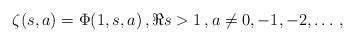
LaTeX: \begin{align*}\zeta(s,a)=\Phi(1,s,a)\,, \Re s>1\,, a\neq 0, -1, -2, \ldots \,, \end{align*}